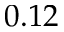
0 . 1 2